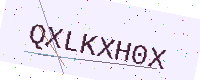
Text: QXLKXH0X